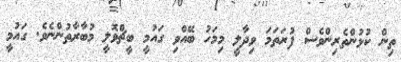
ތިން ކުޅުންތެރިންވެސް ފުރަތަމަ ވިދާލީ މިމަހު ބޭއްވި ގައުމީ ބީޗްވޮލީ މުބާރާތުންނެވެ. ގައުމީ